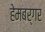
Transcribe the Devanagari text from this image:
हेमबर्गर